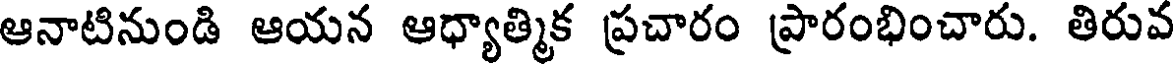
ఆనాటినుండి ఆయన ఆధ్యాత్మిక ప్రచారం ప్రారంభించారు. తిరువ